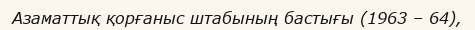
Азаматтық қорғаныс штабының бастығы (1963 – 64),